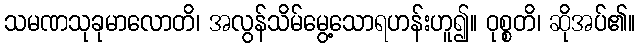
သမဏသုခုမာလောတိ၊ အလွန်သိမ်မွေ့သောရဟန်းဟူ၍။ ဝုစ္စတိ၊ ဆိုအပ်၏။